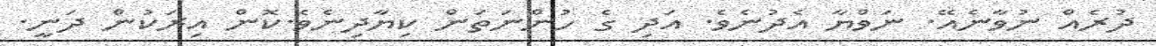
ދުރެއް ނުވާނެއޭ. ނަވްޔާ އެދުނެވެ. އަދި ގެ ހުންނަތަން ކިޔާދިނެވެ.ކޮން އިރަކުން ދަނީ.